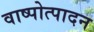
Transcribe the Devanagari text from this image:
वाष्पोत्पादन